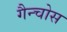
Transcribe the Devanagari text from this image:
गैन्चोस